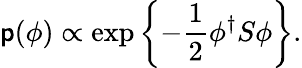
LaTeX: \mathsf{p}(\phi)\propto\exp\left\{ -\frac{{1}}{{2}}\phi^{\dagger}S\phi\right\} .